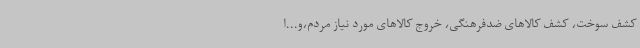
کشف سوخت، کشف کالاهای ضدفرهنگی، خروج کالاهای مورد نیاز مردم،و...ا